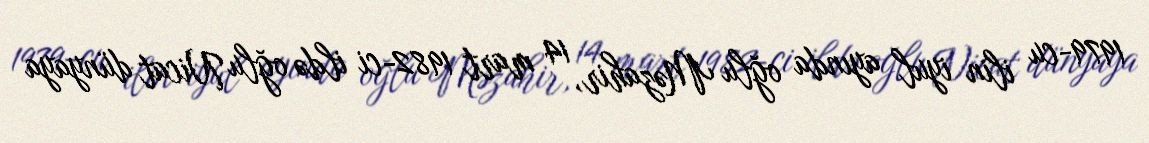
1979-cu ilin iyul ayında oğlu Məzahir, 14 mart 1982-ci ildə oğlu Nicat dünyaya